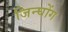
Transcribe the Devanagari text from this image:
जिन्घोंग